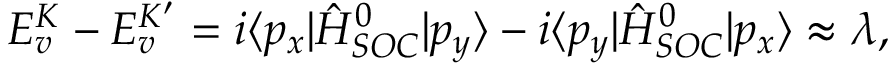
E _ { v } ^ { K } - E _ { v } ^ { K ^ { \prime } } = i \langle p _ { x } | \hat { H } _ { S O C } ^ { 0 } | p _ { y } \rangle - i \langle p _ { y } | \hat { H } _ { S O C } ^ { 0 } | p _ { x } \rangle \approx \lambda ,